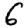
Digit: 6